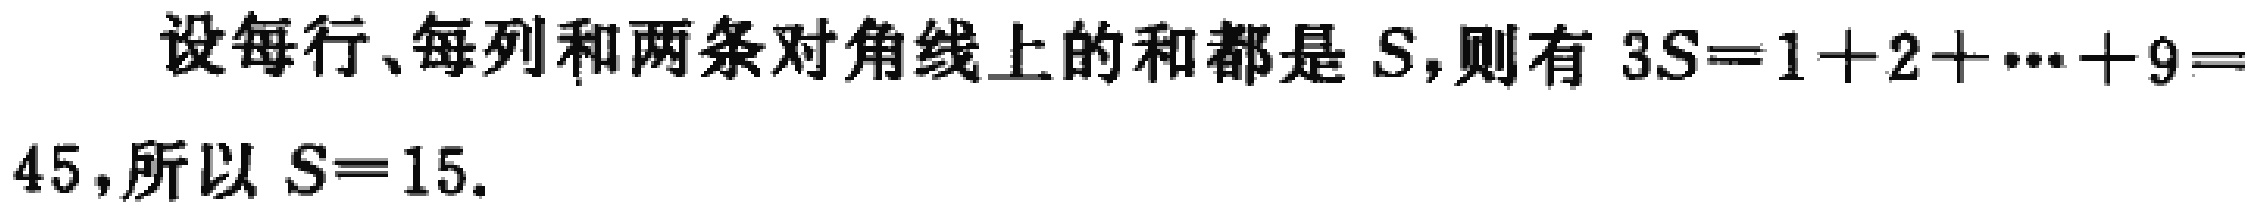
设每行、每列和两条对角线上的和都是 \(S\)，则有 \(3S = 1 + 2 + \cdots + 9 = 45\)，所以 \(S = 15\).